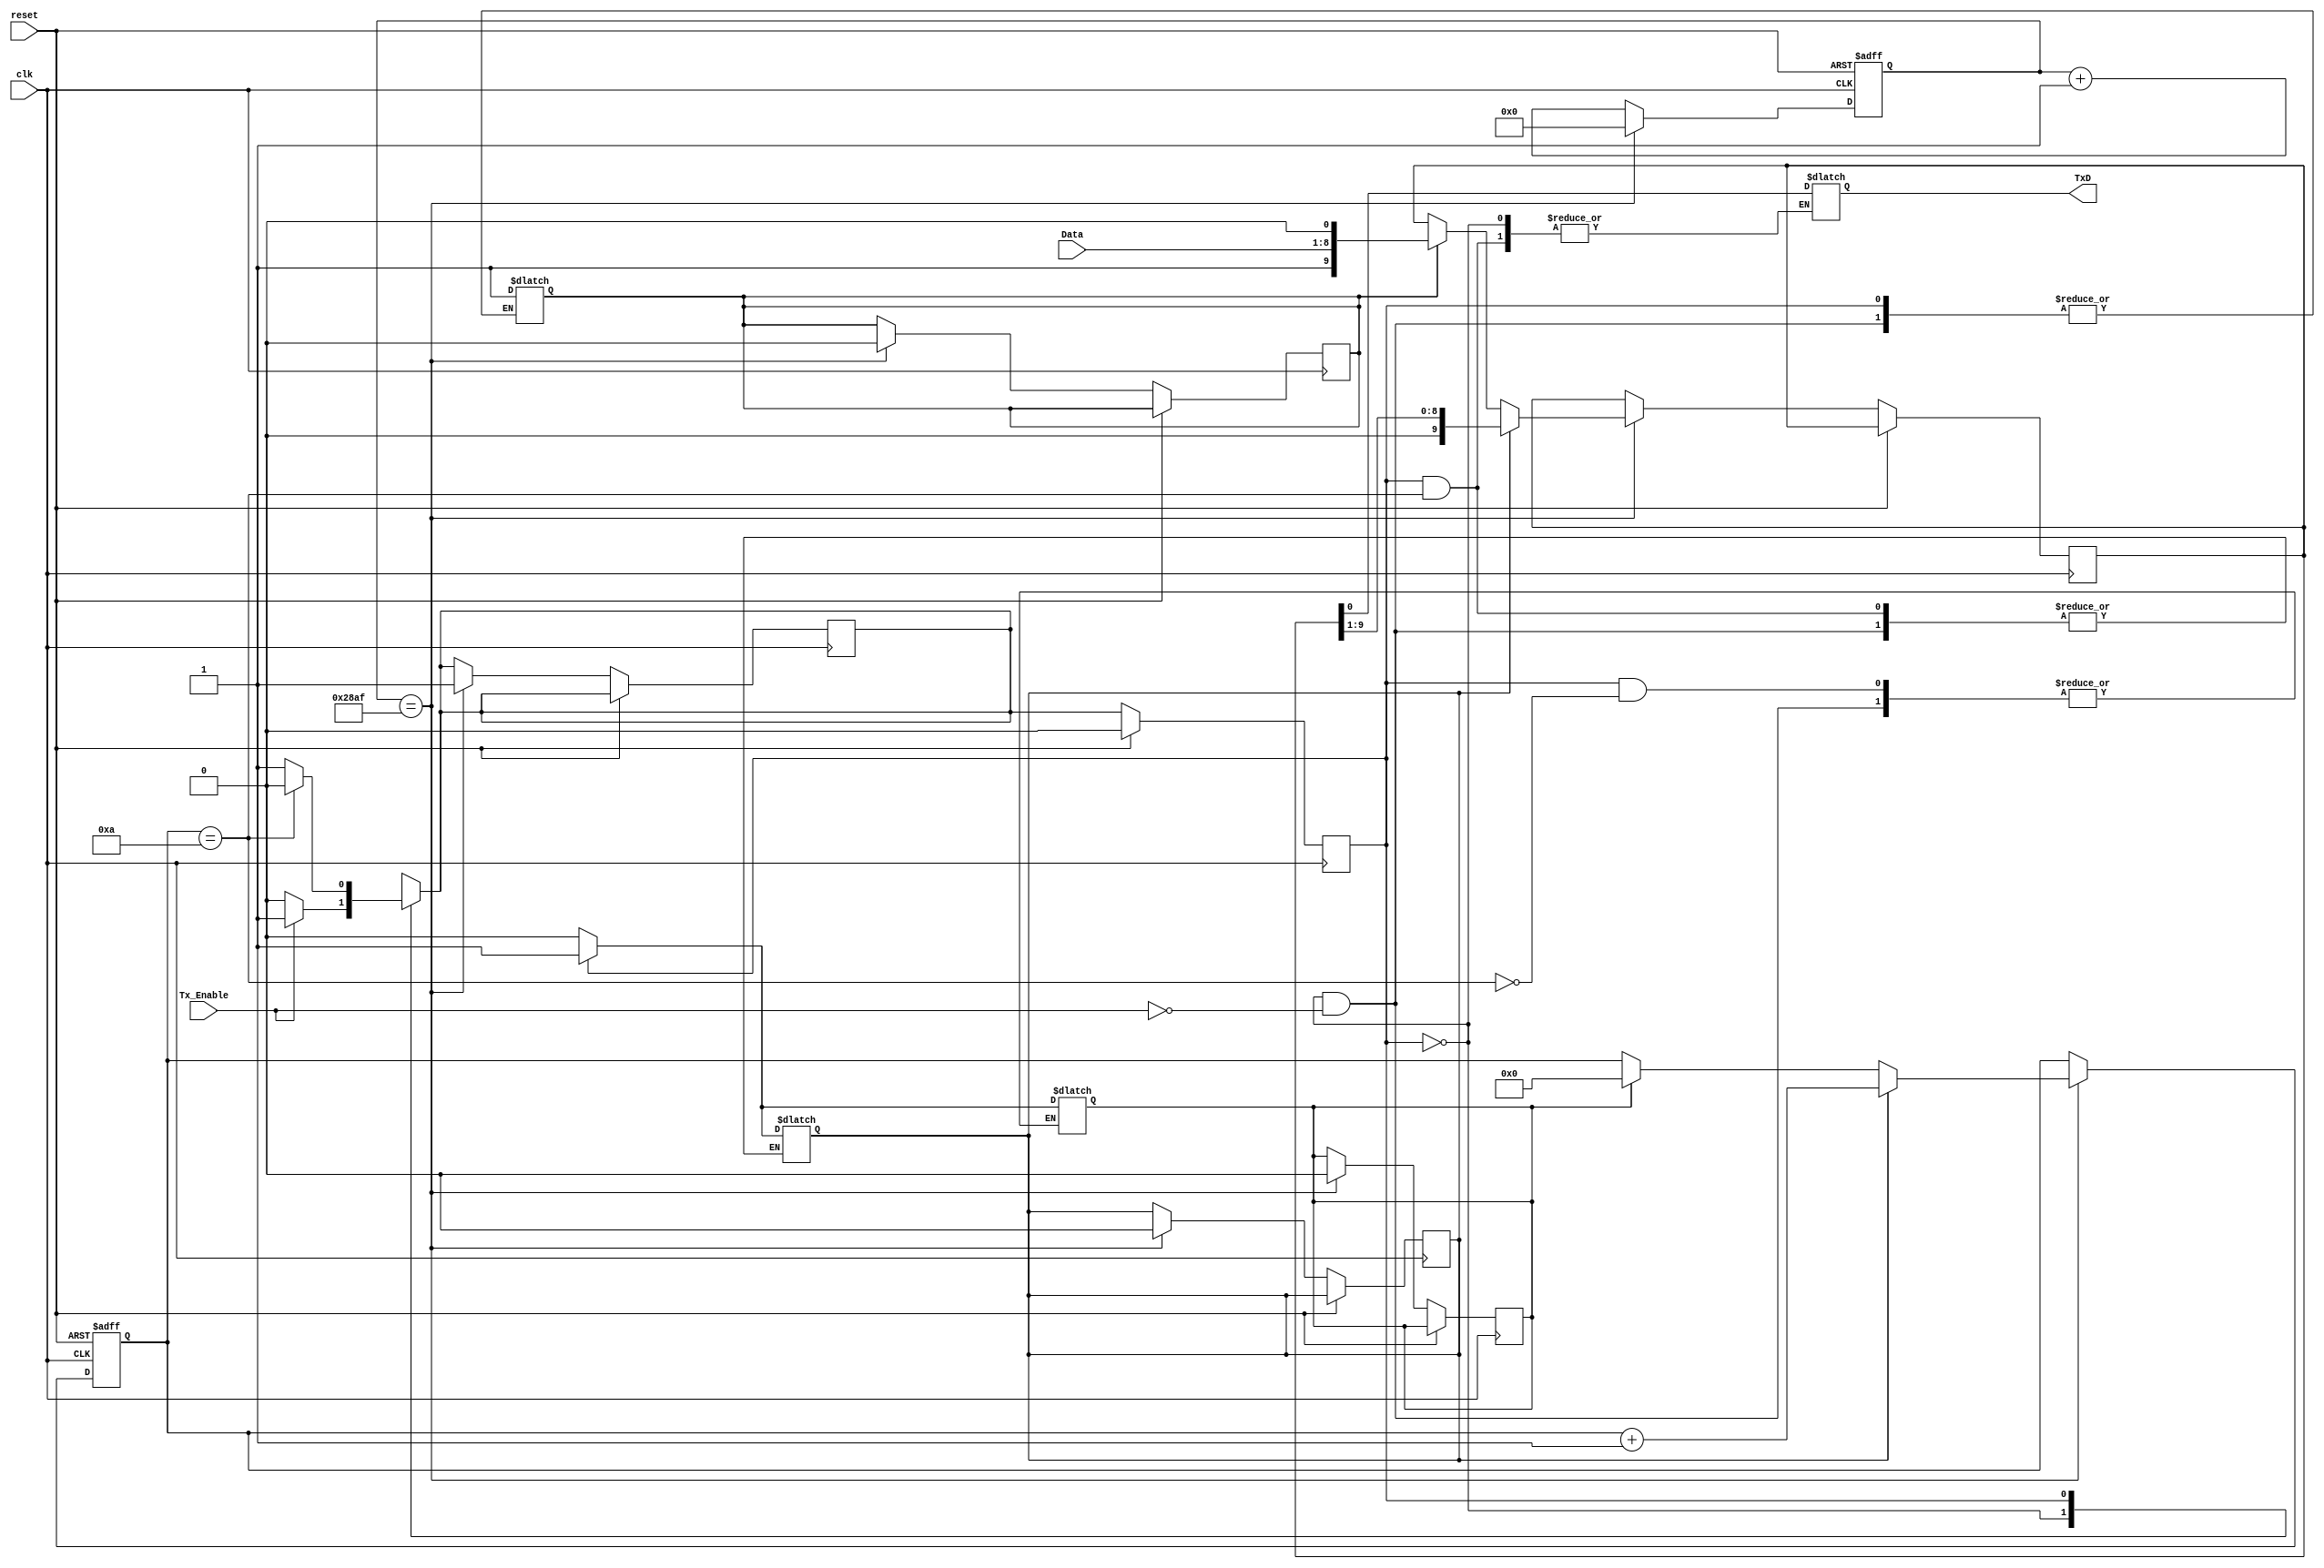
`timescale 1ns / 1ps

module Transmitter(clk, reset, Tx_Enable, Data, TxD);

input clk, reset, Tx_Enable;
input [7:0] Data;
output TxD;

reg TxD; //data that is being sent
reg [9:0] shifter; //shifter that shall keep track of the serialized bits that will be sent (10 total)
reg [9:0] TxD_counter; //keeps track of how many bits have been sent
reg [13:0] BaudRate_Counter; //the BaudRate counter size is determined by the clock (100 MHZ) / the baudrate (9600)
reg current_state, next_state;
reg clear, load, shift;

parameter [13:0] BaudRate = 10415; //what the counter must come up to
parameter IDLE = 0, TRANSMIT = 1; //states that the module could be in

always@(posedge clk or posedge reset) begin

    if(reset) //if reset, set all counters back to 0
        begin
            TxD_counter <= 0; 
            BaudRate_Counter <= 0;
        end
        
    else
        begin
            if(BaudRate_Counter == BaudRate) begin
                BaudRate_Counter <= 0; //baud counter should reset 
                next_state <= TRANSMIT; //the next state should be the transmit
                                
                if(load) 
                    begin
                        shifter <= {1'b1, Data, 1'b0}; //the shifter recieves the data to be sent plus the start bit (1) and the stop bit (0)
                        load <= 0;
                    end
                    
                if(clear)
                    begin 
                        TxD_counter <= 0;
                        clear <= 0;
                    end
                    
                if(shift) begin
                    shifter <= shifter>>1;
                    TxD_counter <= TxD_counter + 1;
                    shift <= 0;
                end
                             
            end
            
            else
                BaudRate_Counter <= BaudRate_Counter + 1;
           
        end
                          
                          
end

always@(posedge clk) begin

    if(reset) current_state = IDLE;
    
    else current_state = next_state;
    
end

always@(current_state) begin
    
    case(current_state)
        
        IDLE: 
            begin
                if(Tx_Enable) begin
                    load <= 1;
                    shift <=0;
                    clear <=0;
                    next_state <= TRANSMIT;
                end
                
                else next_state <= IDLE;
                
            end
            
        TRANSMIT:
            begin
                if(TxD_counter == 10)
                    begin
                        next_state <= IDLE;
                        clear <= 1;
                    end
                    
                 else
                    begin
                        next_state <= TRANSMIT;
                        TxD <= shifter[0];
                        shift <= 1;
                    
                    end
                    
              end
                    
        endcase

end

 
endmodule